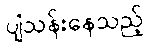
ပျံသန်းနေသည့်